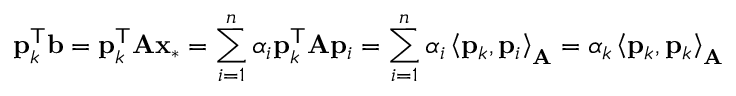
\mathbf { p } _ { k } ^ { \mathsf { T } } \mathbf { b } = \mathbf { p } _ { k } ^ { \mathsf { T } } \mathbf { A } \mathbf { x } _ { * } = \sum _ { i = 1 } ^ { n } \alpha _ { i } \mathbf { p } _ { k } ^ { \mathsf { T } } \mathbf { A } \mathbf { p } _ { i } = \sum _ { i = 1 } ^ { n } \alpha _ { i } \left\langle \mathbf { p } _ { k } , \mathbf { p } _ { i } \right\rangle _ { \mathbf { A } } = \alpha _ { k } \left\langle \mathbf { p } _ { k } , \mathbf { p } _ { k } \right\rangle _ { \mathbf { A } }